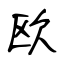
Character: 欧